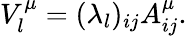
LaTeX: V_{l}^{\mu}=(\lambda_{l})_{ij}A_{ij}^{\mu}.